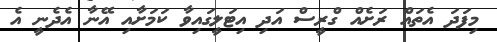
މިފަދަ އެތައް ރަށެއް ގްރީސް އަދި އިޓަލީގައިވާ ކަމަށާއި އޭނާ އެދެނީ އެ